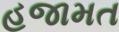
હજામત